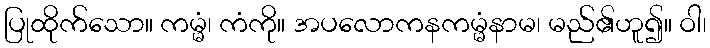
ပြုထိုက်သော။ ကမ္မံ၊ ကံကို။ အပလောကနကမ္မံနာမ၊ မည်၏ဟူ၍။ ဝါ၊